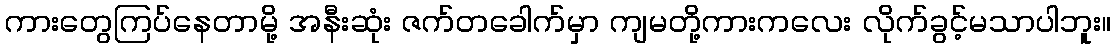
ကားတွေကြပ်နေတာမို့ အနီးဆုံး ဇက်တခေါက်မှာ ကျမတို့ကားကလေး လိုက်ခွင့်မသာပါဘူး။